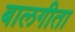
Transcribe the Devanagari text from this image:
बालगीता